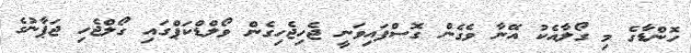
ހޮންޑާގެ މި ގޯލާއެކު އޭނާ ވެގެން ގޮސްފައިވަނީ ޖެހިޖެހިގެން ވޯލްޑްކަޕްގައި ގޯލްޖެހި ޖަޕާނުގެ